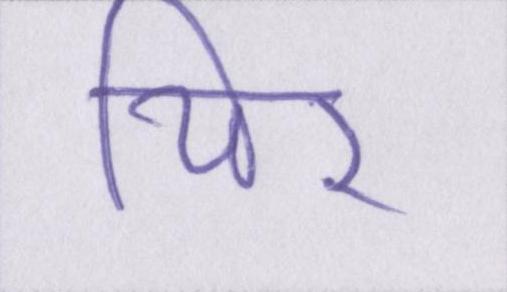
थिर